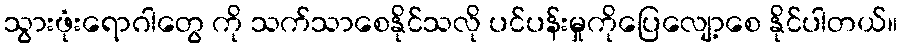
သွားဖုံးရောဂါတွေ ကို သက်သာစေနိုင်သလို ပင်ပန်းမှုကိုပြေလျော့စေ နိုင်ပါတယ်။